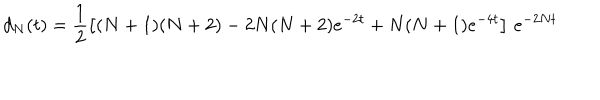
LaTeX: d _ { N } ( t ) = \frac { 1 } { 2 } \left[ ( N + 1 ) ( N + 2 ) - 2 N ( N + 2 ) e ^ { - 2 t } + N ( N + 1 ) e ^ { - 4 t } \right] \, e ^ { - 2 N t }